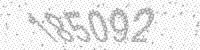
Solution: 185092